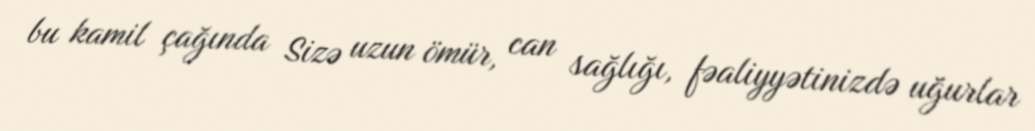
bu kamil çağında Sizə uzun ömür, can sağlığı, fəaliyyətinizdə uğurlar